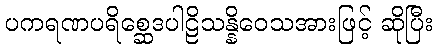
ပကရဏပရိစ္ဆေဒပါဠိသန္နိဝေသအားဖြင့် ဆိုပြီး